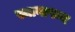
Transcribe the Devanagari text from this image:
स्तानापन्न